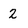
Character: 2